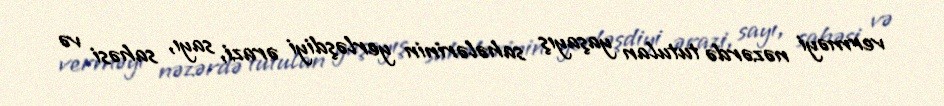
verməyi nəzərdə tutulan yaşayış sahələrinin yerləşdiyi ərazi, sayı, sahəsi və